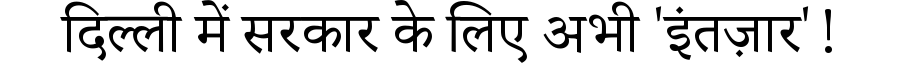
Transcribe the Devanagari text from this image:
दिल्ली में सरकार के लिए अभी 'इंतज़ार'!